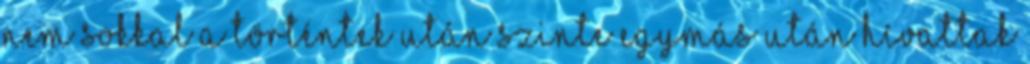
nem sokkal a történtek után szinte egymás után hívattak